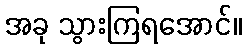
အခု သွားကြရအောင်။